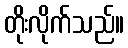
တိုးလိုက်သည်။